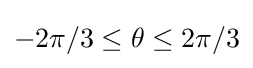
-2\pi /3\leq \theta \leq 2\pi /3